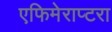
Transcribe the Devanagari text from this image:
एफिमेराप्टरा